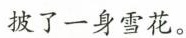
披了一身雪花。